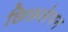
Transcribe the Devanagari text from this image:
छिछलेपन